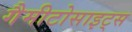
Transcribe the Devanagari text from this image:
गैमीटोसाइट्स